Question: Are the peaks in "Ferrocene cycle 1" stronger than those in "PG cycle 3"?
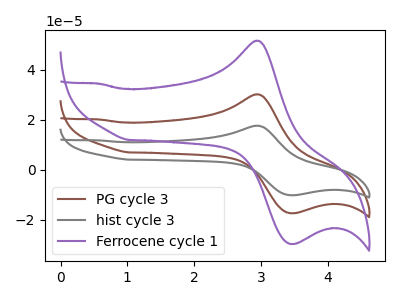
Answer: <think>The brown curve "PG cycle 3" has an anodic peak at (2.95V, 30.20uA) and a cathodic peak at (3.50V, -17.30uA). The gray curve "hist cycle 3" has an anodic peak at (2.95V, 60.40uA) and a cathodic peak at (3.50V, -34.60uA). The purple curve "Ferrocene cycle 1" has an anodic peak at (2.95V, 51.65uA) and a cathodic peak at (3.50V, -29.60uA).</think>
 <answer>Every peak in "Ferrocene cycle 1" is higher than every peak in "PG cycle 3".</answer>
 <eval>higher</eval>